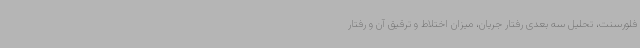
فلورسنت، تحلیل سه بعدی رفتار جریان، میزان اختلاط و ترقیق آن و رفتار